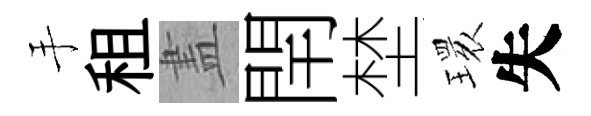
手租𥁞閈埜𤨔失